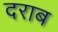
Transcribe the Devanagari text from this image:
दराब